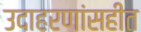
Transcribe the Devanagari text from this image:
उदाहरणांसहीत